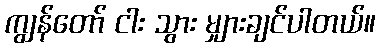
ကျွန်တော် ငါး သွား မျှားချင်ပါတယ်။